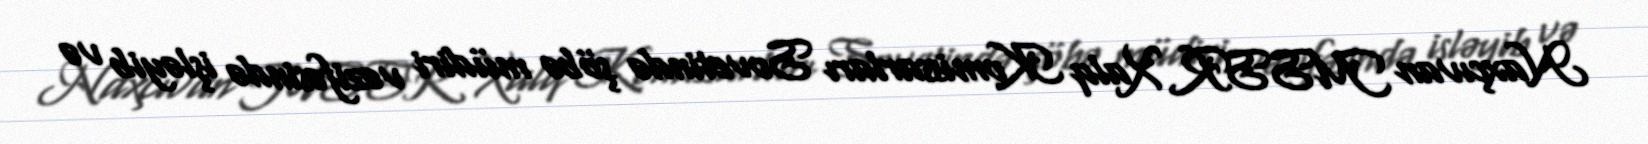
Naxçıvan MSSR Xalq Komissarları Sovetində şöbə müdiri vəzifəsində işləyib və